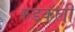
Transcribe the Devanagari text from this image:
रुडकली